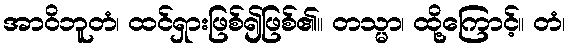
အာဝိဘူတံ၊ ထင်ရှားဖြစ်၍ဖြစ်၏။ တသ္မာ၊ ထို့ကြောင့်။ တံ၊